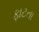
ફાટતા